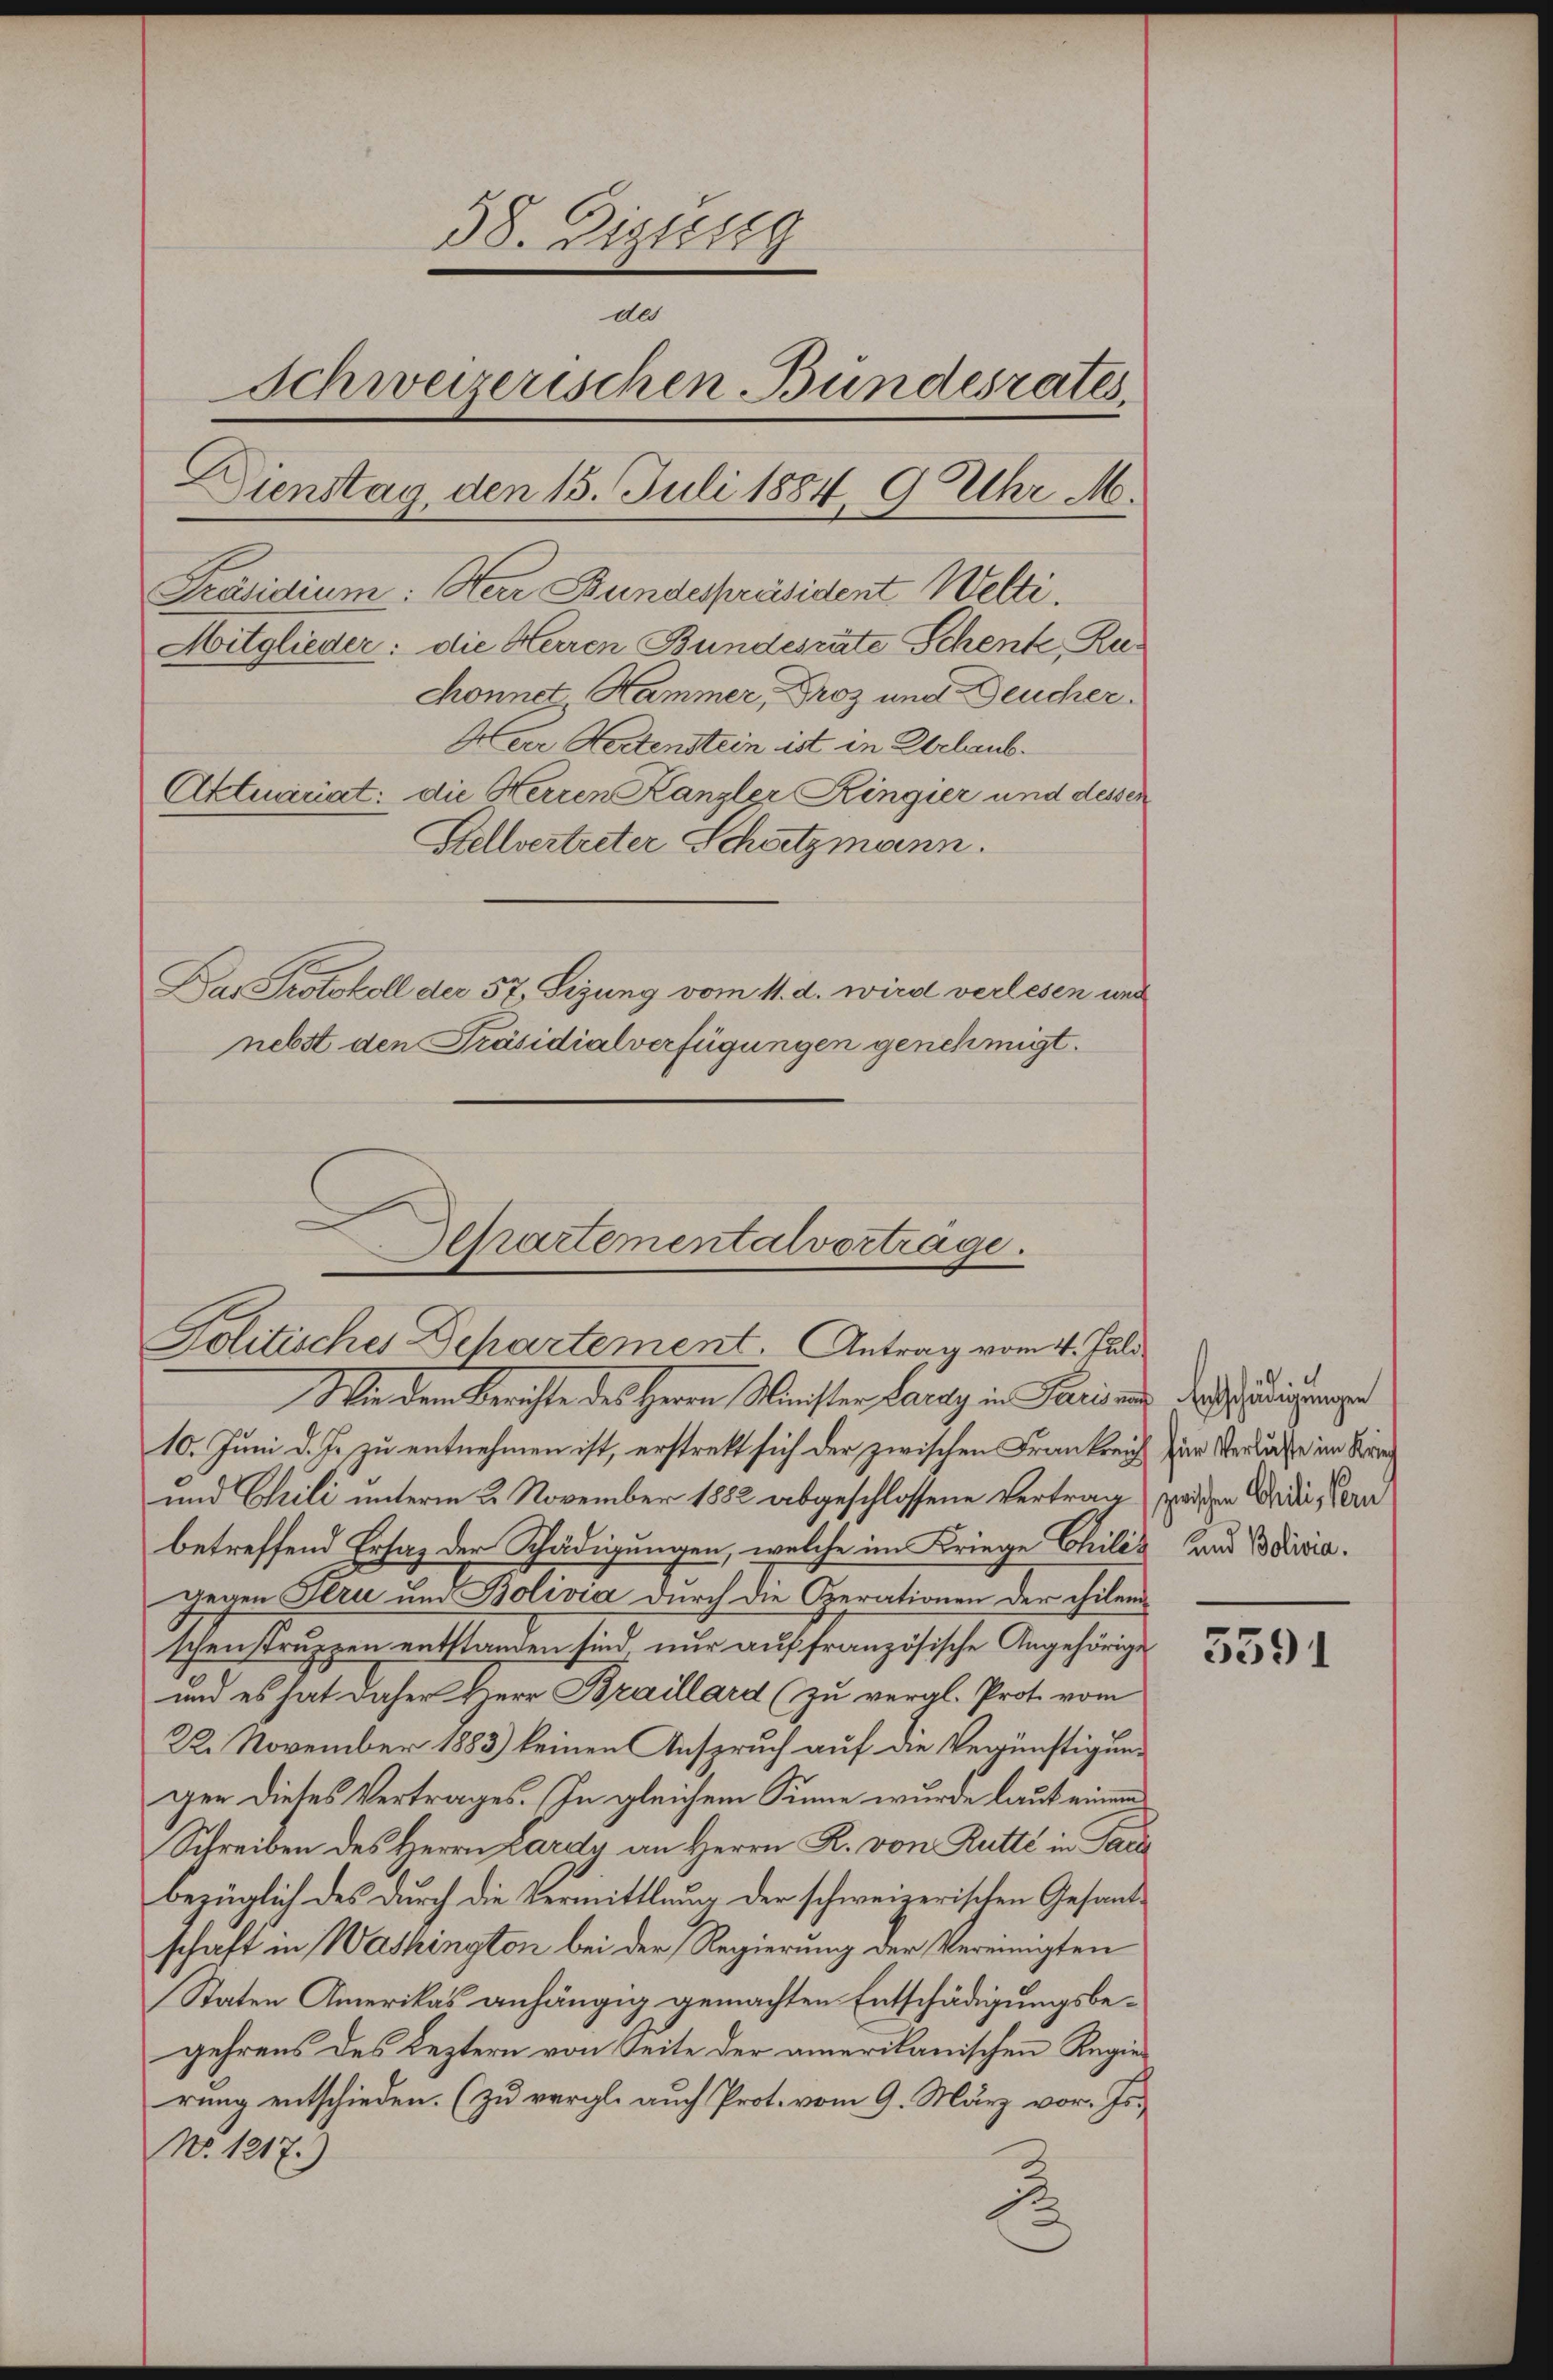
38. Digtest.
des
Schweizerischen Bundesrates.
Dienstag, den 15. Juli 1884, 9 Uhr M.
Präsidium: Herr Bundespräsident Welti.
Mitglieder: die Herren Bundesräte Schenk, Ruchonnet Hammer, Droz und Deucher.
Heer Notenstein ist in Erlaub.
Aktuariat: die Herren Kanzler Ringier und dessen
Stellvertreter Schatzmann.
Bas Protokoll der 57, Sizung vom 11. d. wird verlesen und
nebst den Präsidialverfügungen genehmigt.

Wie dem Berichte des Herrn Meister Lanay in Paris und dass dingungen
10. Juni d. Js. zu entnehmen ist, erstrett sich der zwischen Frankreich zum Verlasse im Kärn
und Chrili unterm 2. November 1882 abgeschlossene Vertrag zwischen Wer die Vern
betreffend Ersaz der Schädigungen, welche im Kriege Chilis und Boliviagegen Stru und Bolivia durch die Operationen der Thilen
schenstruppen entstanden sind nur auf französische Angehörige
und es hat daher Herr Braillard (zu vergl. Prot. vom
22. November 1883) keinen Anspruch auf die Vergünstigung
ger dieses Vertrages. In gleichem Sinne wurde laut einem
Schreiben des Herrn Lardy an Herrn R. von Rutte in Para
bezüglich des durch die Vermittlung der schweizerischen Gesandschaft in Washington bei der Regierung der Vereinigten
Staten Amerikas anhängig gemachten Entschädigungsbegehrens des Leztern von Seite der amerikanischen Regierung entschieden. (zu vergl. auch Prot. vom 9. März vor. Js.
No. 1217.)

Derartementalvorträge.
Politisches Departement. Antrag vom 4. Juli

5591